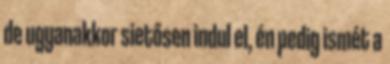
de ugyanakkor sietősen indul el, én pedig ismét a